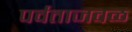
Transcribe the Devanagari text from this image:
पर्वताजवळ